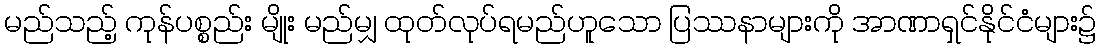
မည်သည့် ကုန်ပစ္စည်း မျိုး မည်မျှ ထုတ်လုပ်ရမည်ဟူသော ပြဿနာများကို အာဏာရှင်နိုင်ငံများ၌